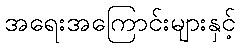
အရေးအကြောင်းများနှင့်